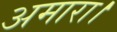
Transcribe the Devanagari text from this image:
अमारा।